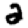
Digit: 2